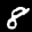
Label: 8